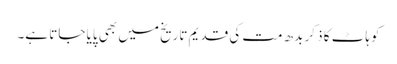
کوہاٹ کا ذکر بدھ مت کی قدیم تاریخ میں بھی پایا جاتا ہے۔